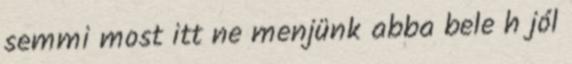
semmi most itt ne menjünk abba bele h jól